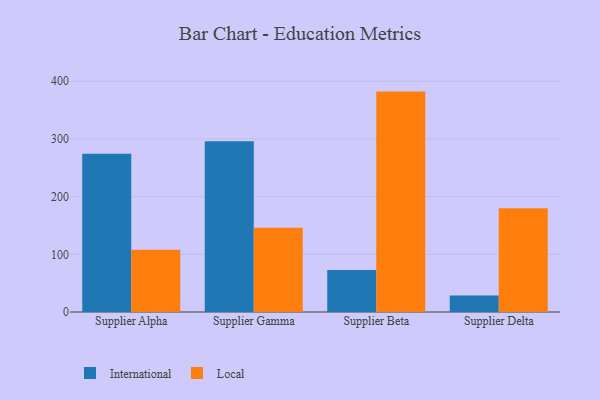
{"axis": {"x": "Supplier", "y": "Active Users"}, "legend": ["International", "Local"], "data": [{"x": "Supplier Alpha", "y": 274.5, "type": "International"}, {"x": "Supplier Alpha", "y": 107.8, "type": "Local"}, {"x": "Supplier Gamma", "y": 296.1, "type": "International"}, {"x": "Supplier Gamma", "y": 145.9, "type": "Local"}, {"x": "Supplier Beta", "y": 73.0, "type": "International"}, {"x": "Supplier Beta", "y": 382.1, "type": "Local"}, {"x": "Supplier Delta", "y": 28.6, "type": "International"}, {"x": "Supplier Delta", "y": 179.7, "type": "Local"}]}